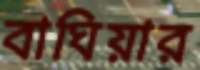
বাঘিয়ার